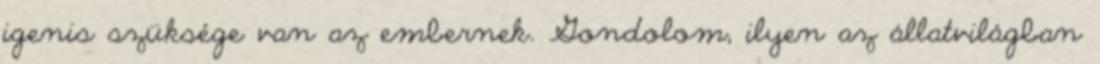
igenis szüksége van az embernek. Gondolom, ilyen az állatvilágban